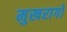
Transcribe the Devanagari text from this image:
मुखरागों